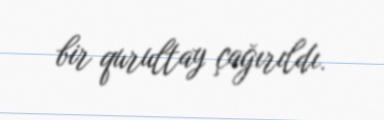
bir qurultay çağırıldı.